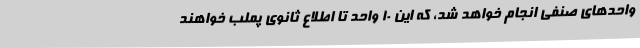
واحدهای صنفی انجام خواهد شد، که این 10 واحد تا اطلاع ثانوی پملب خواهند